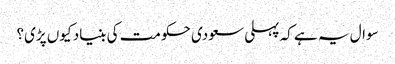
سوال یہ ہے کہ پہلی سعودی حکومت کی بنیاد کیوں پڑی؟